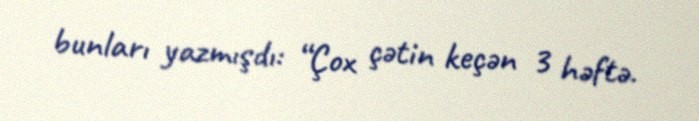
bunları yazmışdı: “Çox çətin keçən 3 həftə.